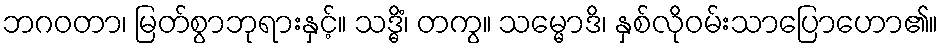
ဘဂဝတာ၊ မြတ်စွာဘုရားနှင့်။ သဒ္ဓိံ၊ တကွ။ သမ္မောဒိ၊ နှစ်လိုဝမ်းသာပြောဟော၏။